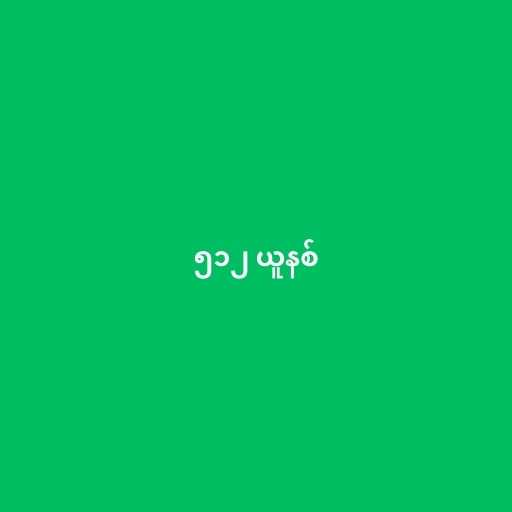
၅၁၂ ယူနစ်